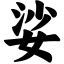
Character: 娑